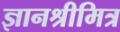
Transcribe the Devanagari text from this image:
ज्ञानश्रीमित्र